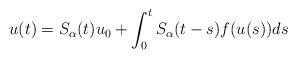
LaTeX: \begin{align*}u(t)=S_{\alpha}(t)u_{0}+\int_{0}^{t}S_{\alpha}(t-s)f(u(s))ds\end{align*}